Report on vaccination in Madras 1904-1921 - 1904-1921
Year: 1904
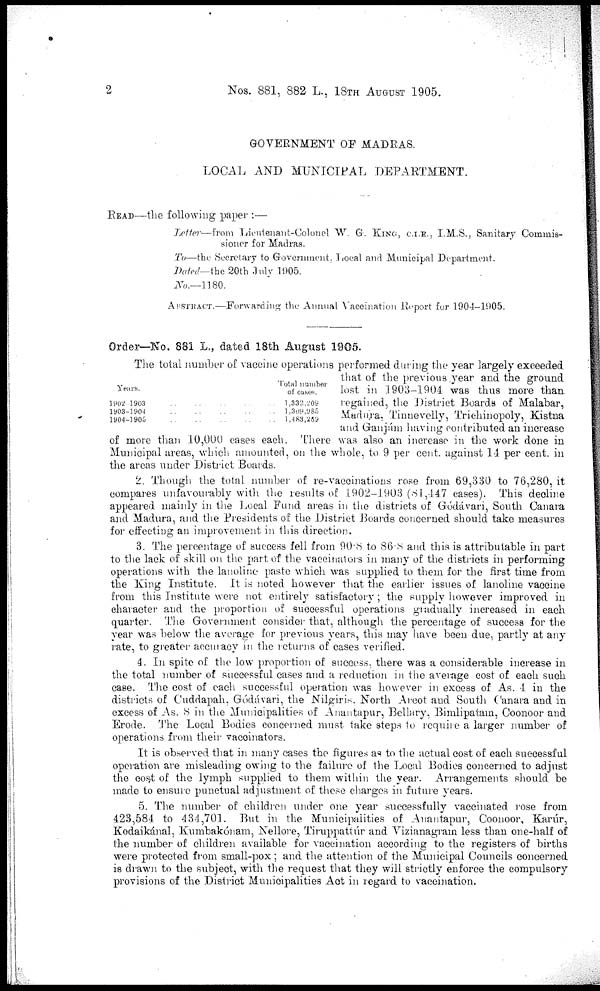
2
Nos. 881, 882 L., 18TH AUGUST 1905.
GOVERNMENT OF MADRAS.
LOCAL AND MUNICIPAL DEPARTMENT.
READ—the following paper :—
Letter—from Lieutenant-Colonel W. G. KING, C.I.E., I.M.S., Sanitary Commis-
sioner for Madras.
To—the Secretary to Government, Local and Municipal Department.
Dated—the 20th July 1905.
No.—1180.
ABSTRACT.—Forwarding the Annual Vaccination Report for 1904-1905.
Order—No. 881 L., dated 18th August 1905.
Years.
1902-1903
..
..
..
..
1903-1904
..
..
..
..
1904-1905
..
..
..
..
Total number
of cases.
1,332,209
1,309,985
1,483,269
The total number of vaccine operations performed during the year largely exceeded
that of the previous year and the ground
lost in 1903-1904 was thus more than
regained, the District Boards of Malabar,
Madura, Tinnevelly, Trichinopoly, Kistna
and Granjám having contributed an increase
of more than .10,000 cases each. There was also an increase in the work done in
Municipal areas, which amounted, on the whole, to 9 per cent. against 14 per cent. in
the areas under District Boards.
2. Though the total number of re-vaccinations rose from 69,330 to 76,280, it
compares unfavourably with the results of.1902-1903 (81,447 cases). This decline
appeared mainly in the Local Fund areas in the districts of Gódávari, South Canara
and Madura, and the Presidents of the District Boards concerned should take measures
for effecting an improvement in this direction.
3. The percentage of success fell from 90.8 to 86.8 and this is attributable in part
to the lack of skill on the part of the vaccinators in many of the districts in performing
operations with the lanoline paste which was supplied to them for the first time from
the King Institute. It is noted however that the earlier issues of lanoline vaccine
from this Institute were not entirely satisfactory; the supply however improved in
character and the proportion of successful operations gradually increased in each
quarter. The Government consider that, although the percentage of success for the
year was below the average for previous years, this may have been due, partly at any
rate, to greater accuracy in the returns of cases verified.
4. In spite of the low proportion of success, there was a considerable increase in
the total number of successful cases and a reduction in the average cost of each such
case. The cost of each successful operation was however in excess of As. 4 in the
districts of Cuddapah, Gódávari, the Nilgiris. North Arcot and South Canara and in
excess of As. 8 in the Municipalities of Anantapur, Bellary, Bimlipatam, Coonoor and
Erode. The Local Bodies concerned must take steps to require a larger number of
operations from their vaccinators.
It is observed that in many cases the figures as to the actual cost of each successful
operation are misleading owing to the failure of the Local Bodies concerned to adjust
the cost of the lymph supplied to them within the year. Arrangements should be
made to ensure punctual adjustment of these charges in future years.
5. The number of children under one year successfully vaccinated rose from
423,584 to 434,701. But in the Municipalities of Anantapur, Coonoor, Karúr,
Kodaikánal, Kumbakónam, Nellore, Tiruppattúr and Vizianagram less than one-half of
the number of children available for vaccination according to the registers of births
were protected from small-pox; and the attention of the Municipal Councils concerned
is drawn to the subject, with the request that they will strictly enforce the compulsory
provisions of the District Municipalities Act in regard to vaccination.